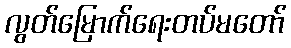
လွတ်မြောက်ရေးတပ်မတော်